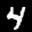
Label: 4